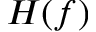
H ( f )